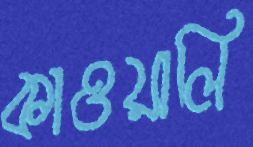
কাওয়ালি